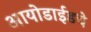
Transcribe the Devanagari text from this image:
आयोडाईडचे